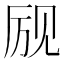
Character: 𲁔